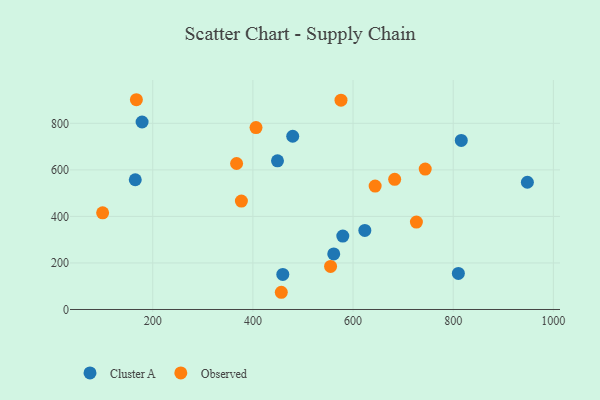
{"axis": {"x": "Speed", "y": "Profit"}, "legend": ["Cluster A", "Observed"], "data": [{"x": "449.1", "y": 639.1, "type": "Cluster A"}, {"x": "165.1", "y": 557.5, "type": "Cluster A"}, {"x": "459.7", "y": 150.9, "type": "Cluster A"}, {"x": "948.1", "y": 546.8, "type": "Cluster A"}, {"x": "623.5", "y": 339.9, "type": "Cluster A"}, {"x": "561.4", "y": 238.7, "type": "Cluster A"}, {"x": "816.1", "y": 726.8, "type": "Cluster A"}, {"x": "178.7", "y": 805.7, "type": "Cluster A"}, {"x": "810.3", "y": 155.2, "type": "Cluster A"}, {"x": "579.5", "y": 315.5, "type": "Cluster A"}, {"x": "479.5", "y": 744.5, "type": "Cluster A"}, {"x": "726.5", "y": 375.9, "type": "Observed"}, {"x": "367.4", "y": 627.4, "type": "Observed"}, {"x": "683.1", "y": 559.6, "type": "Observed"}, {"x": "406.2", "y": 781.8, "type": "Observed"}, {"x": "744.1", "y": 603.6, "type": "Observed"}, {"x": "555.1", "y": 184.9, "type": "Observed"}, {"x": "99.9", "y": 415.6, "type": "Observed"}, {"x": "644.1", "y": 530.3, "type": "Observed"}, {"x": "456.7", "y": 74.0, "type": "Observed"}, {"x": "575.9", "y": 899.5, "type": "Observed"}, {"x": "167.3", "y": 901.5, "type": "Observed"}, {"x": "377.0", "y": 466.1, "type": "Observed"}]}